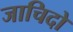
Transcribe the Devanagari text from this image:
जाचिदो